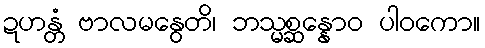
ဍဟန္တံ ဗာလမနွေတိ၊ ဘသ္မစ္ဆန္နောဝ ပါဝကော။